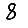
Digit: 8